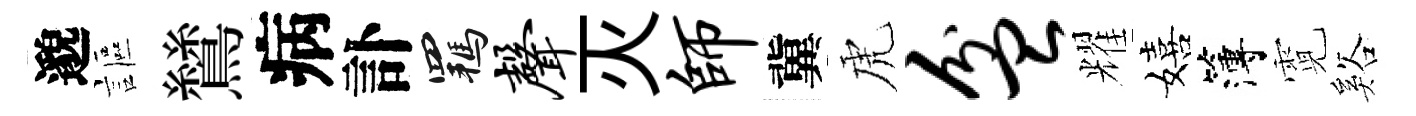
邈謳鷥病訃羈声灭师冀虎盆耀嬉簿霓谿